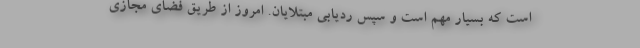
است که بسیار مهم است و سپس ردیابی مبتلایان. امروز از طریق فضای مجازی